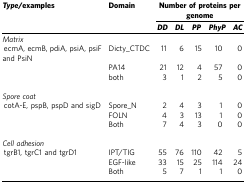
<table><thead><tr><td><b><i>Type</i>/examples</b></td><td><b>Domain</b></td><td colspan="5"><b>Number of proteins per genome</b></td></tr><tr><td><b> </b></td><td><b> </b></td><td><b><i>DD</i></b></td><td><b><i>DL</i></b></td><td><b><i>PP</i></b></td><td><b><i>PhyP</i></b></td><td><b><i>AC</i></b></td></tr></thead><tbody><tr><td><i>Matrix</i></td><td> </td><td> </td><td> </td><td> </td><td> </td><td> </td></tr><tr><td><i> </i>ecmA, ecmB, pdiA, psiA, psiF and PsiN</td><td>Dicty_CTDC</td><td>11</td><td>6</td><td>15</td><td>10</td><td>0</td></tr><tr><td> </td><td>PA14</td><td>21</td><td>12</td><td>4</td><td>57</td><td>0</td></tr><tr><td> </td><td>both</td><td>3</td><td>1</td><td>2</td><td>5</td><td>0</td></tr><tr><td> </td><td> </td><td> </td><td> </td><td> </td><td> </td><td> </td></tr><tr><td><i>Spore coat</i></td><td> </td><td> </td><td> </td><td> </td><td> </td><td> </td></tr><tr><td><i> </i>cotA-E, pspB, pspD and sigD</td><td>Spore_N</td><td>2</td><td>4</td><td>3</td><td>1</td><td>0</td></tr><tr><td> </td><td>FOLN</td><td>4</td><td>3</td><td>13</td><td>1</td><td>0</td></tr><tr><td> </td><td>Both</td><td>7</td><td>4</td><td>3</td><td>0</td><td>0</td></tr><tr><td> </td><td> </td><td> </td><td> </td><td> </td><td> </td><td> </td></tr><tr><td><i>Cell adhesion</i></td><td> </td><td> </td><td> </td><td> </td><td> </td><td> </td></tr><tr><td> tgrB1, tgrC1 and tgrD1</td><td>IPT/TIG</td><td>55</td><td>76</td><td>110</td><td>42</td><td>5</td></tr><tr><td> </td><td>EGF-like</td><td>33</td><td>15</td><td>25</td><td>114</td><td>24</td></tr><tr><td> </td><td>Both</td><td>5</td><td>7</td><td>1</td><td>1</td><td>0</td></tr></tbody></table>